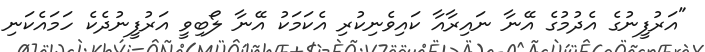
"އަރުފީނުގެ އެދުމުގެ އޭނާ ނައިރާއާ ކައިވެނިކުރި އެކަމަކު އޭނާ ލޯބިވީ އަރުފީނުދެކެ ހަމައެކަނި